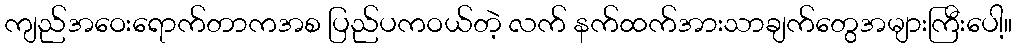
ကျည်အဝေးရောက်တာကအစ ပြည်ပကဝယ်တဲ့ လက် နက်ထက်အားသာချက်တွေအများကြီးပေါ့။